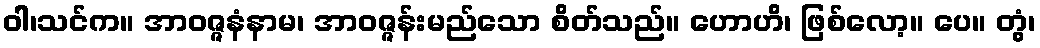
ဝါ၊သင်က။ အာဝဇ္ဇနံနာမ၊ အာဝဇ္ဇန်းမည်သော စိတ်သည်။ ဟောဟိ၊ ဖြစ်လော့။ ပေ။ တွံ၊